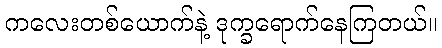
ကလေးတစ်ယောက်နဲ့ ဒုက္ခရောက်နေကြတယ်။